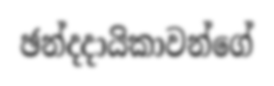
ඡන්දදායිකාවන්ගේ